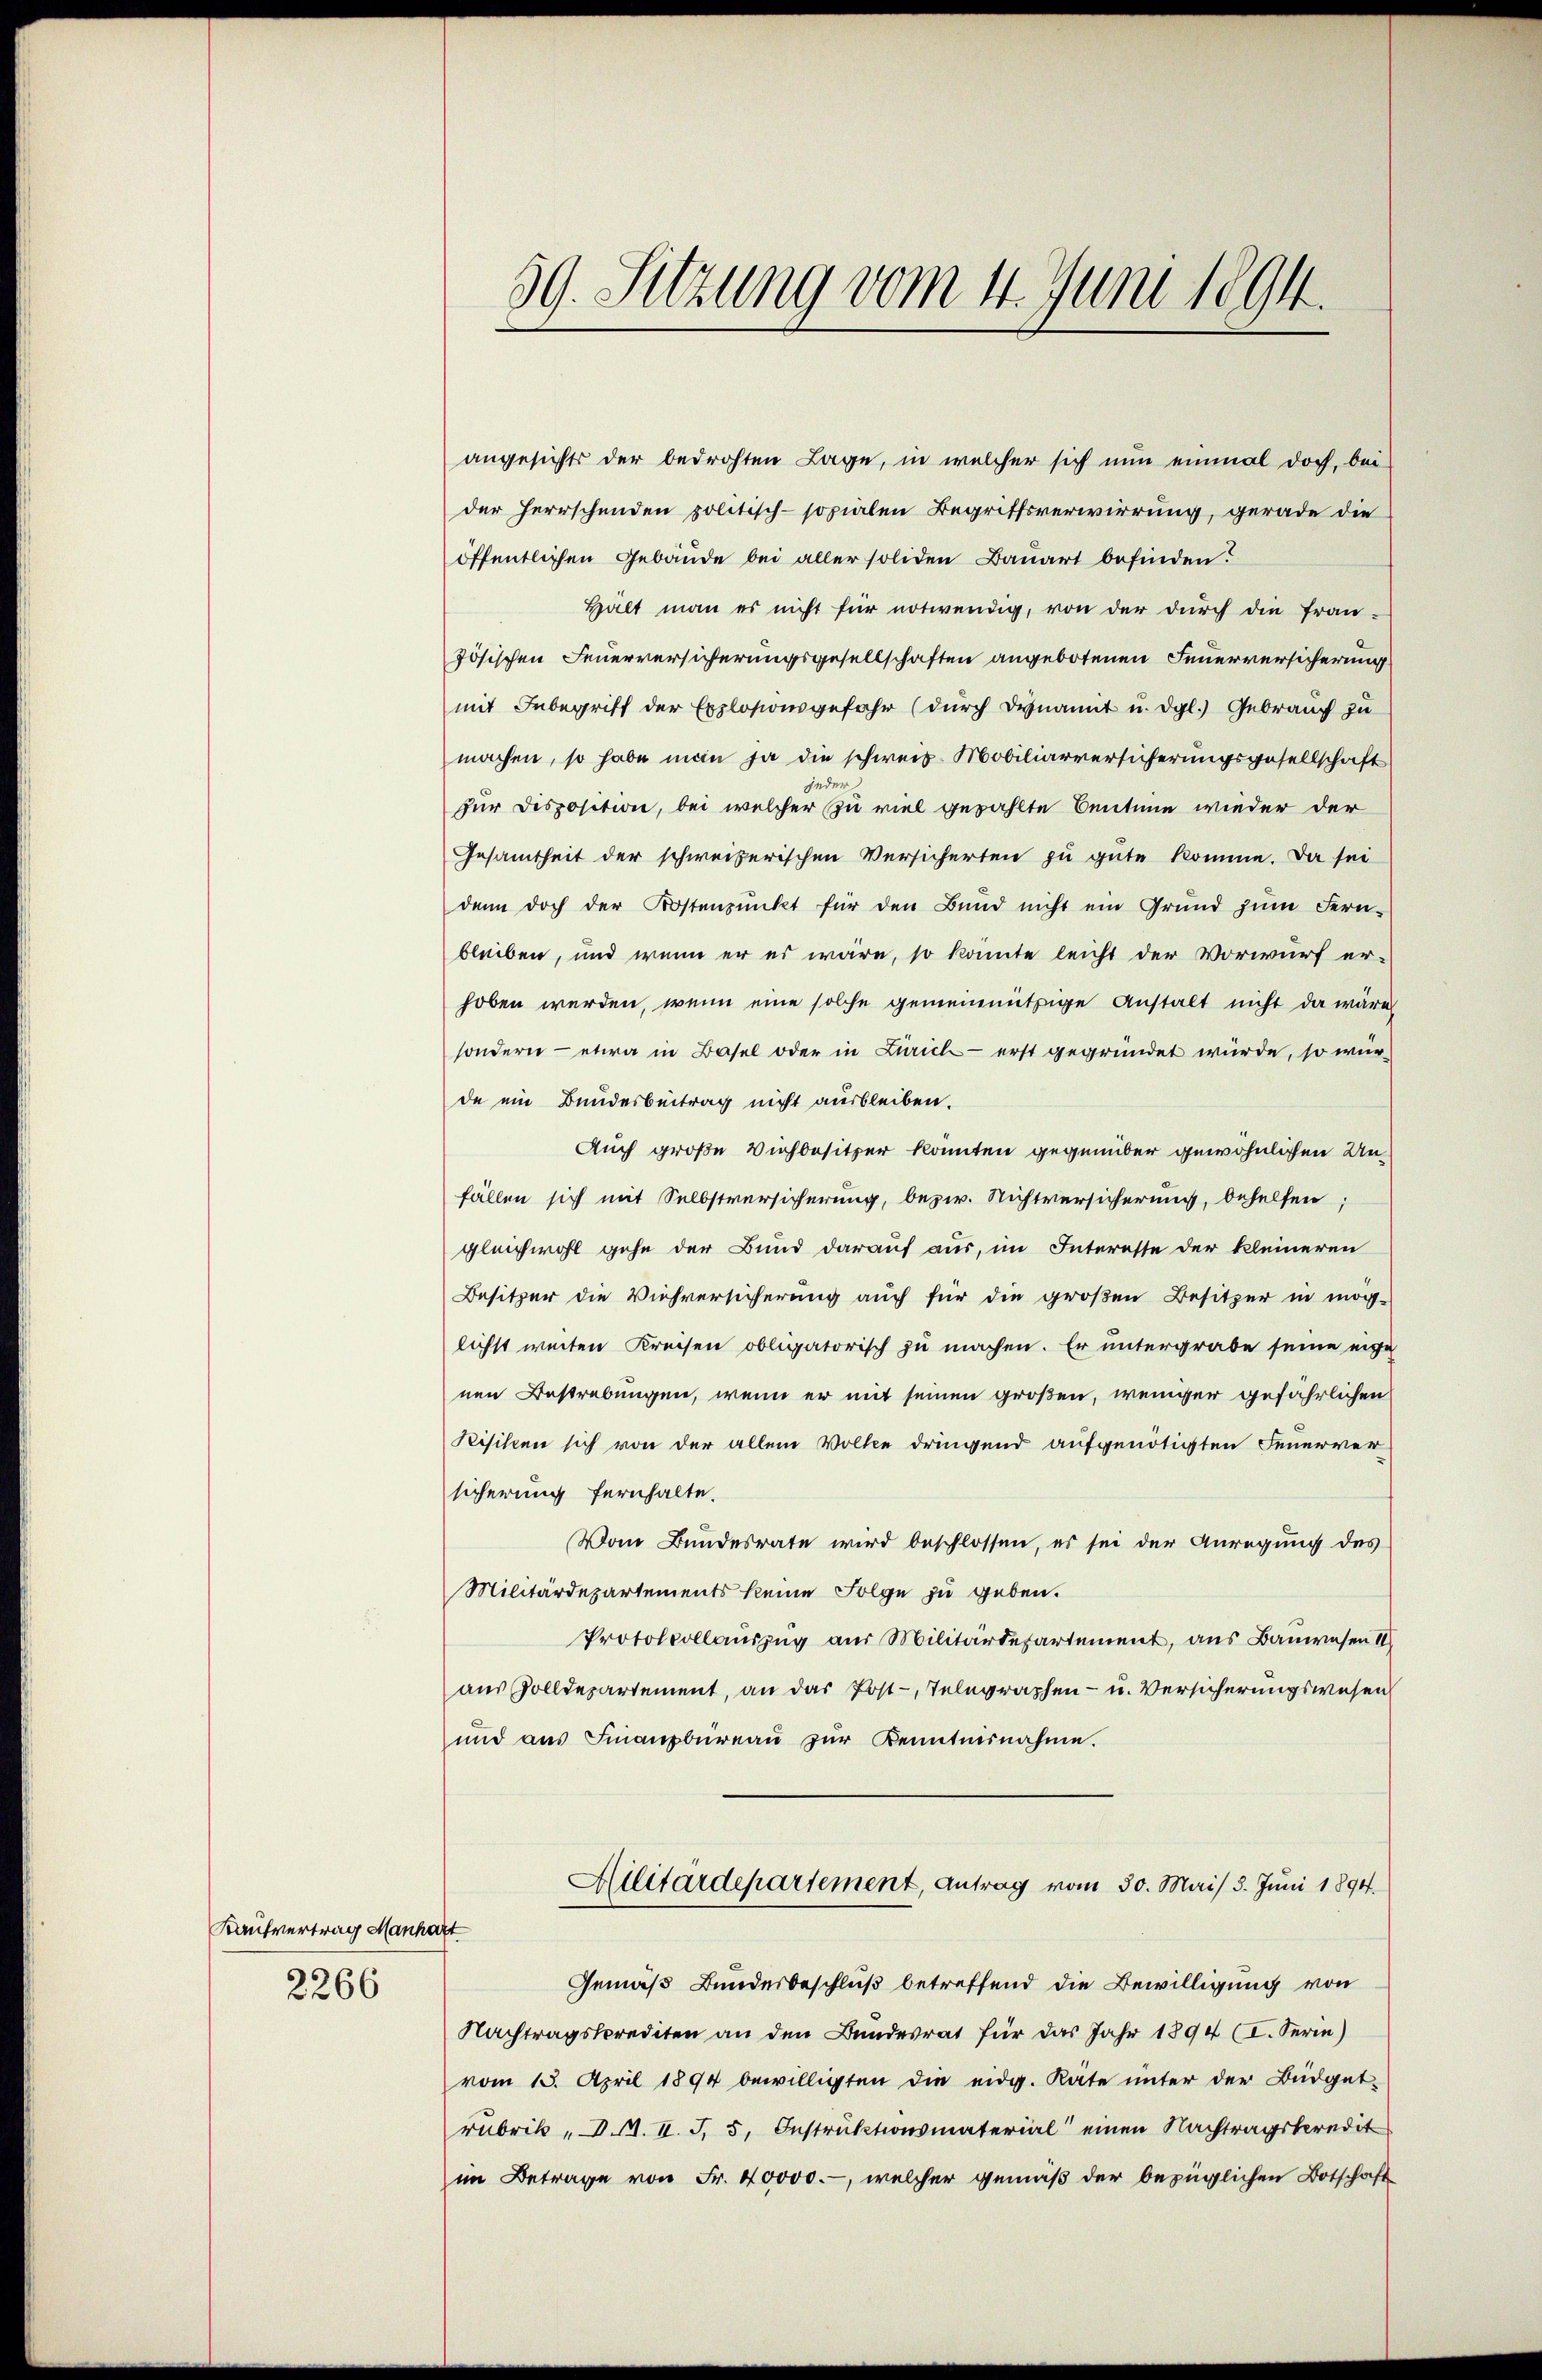
Kaufvertrag Manhart
2266

39. Sitzung vom 4. Juni 1894.

angesichts der bedrohten Lage, in welcher sich nun einmal doch, bei
der Herrschenden politisch-sozialen Begriffsverwirrung, gerade die
öffentlichen Gebäude bei aller soliden Bauart befinden?
Hält man es nicht für notwendig, von der durch die fran-
zösischen Feuerversicherungsgesellschaften angebotenen Feuerversicherung
mit Inbegriff der Explosionsgefahr (durch denannt u. dgl.) Gebrauch zu
machen, so habe man ja die schweis-Mobiliarversicherungsgesellschaft
jeder
zur Disposition, bei welcher zu viel gezählte Centine wieder der
Gesamtheit der schweizerischen Versicherten zu gute komme. Da sei
denn doch der Kostenpŭnkt für den Bŭnd nicht ein Grund zŭm Fern-
bleiben, und wenn er es wäre, so könnte leicht der Vorwurf er-
hoben werden, wenn eine solche gemeinnützige Anstalt nicht da wäre
sondern - etwa in Basel oder in Zürich erst gegründet würde, so wür-
de ein Bundesbeitrag nicht ausbleiben.
Auch große Viehbesitzer könnten gegenüber gewöhnlichen Unfällen sich mit Selbstversicherung, bezw. Nichtversicherung, behelfen;
gleichwohl gehe der Bund darauf aus, im Interesse der kleineren
Besitzer die Viehversicherung auch für die großen Besitzer in mög-
lichst weiten Kreisen obligatorisch zu machen. Er untergrabe seine eige
nen Bestrebungen, wenn er mit seinen großen, weniger gefährlichen
Risiken sich von der allem Volke dringend aufgenötigten Feuerver
sicherung fernhalte.
Vom Bundesrate wird beschlossen, es sei der Anregung des
Militärdepartements keine Folge zu geben.
Protokollauszug aus Militärdepartement, aus Bauwesen II
aus Zolldepartement, an das Post-Telegraphen- u. Versicherungswesen
und aus Finanzbüreau zur Kenntnisnahme.
Ailitärdepartement, Antrag vom 30. Mai/ 5. Juni 1894.
Gemäß Bundesbeschluß betreffend die Bewilligung von
Nachtragssprediten an den Bundesrat für das Jahr 1894 (I. Serin)
vom 15. April 1894 bewilligten die eidg. Räte unter der Büdget-
rubrik, S. II. S. 5, Instruktionsmaterial einen Nachtragskredit
im Betrage von Fr. 40000.-, welcher gemäß der bezüglichen Botschaft